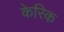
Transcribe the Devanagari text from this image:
केरिक